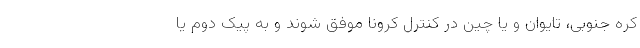
کره جنوبی، تایوان و یا چین در کنترل کرونا موفق شوند و به پیک دوم یا